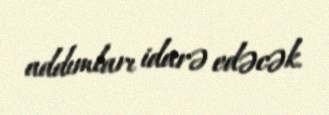
addımları idarə edəcək.